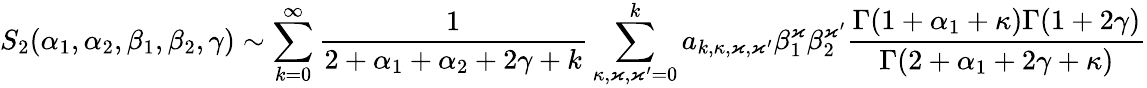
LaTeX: S_{2}(\alpha_{1},\alpha_{2},\beta_{1},\beta_{2},\gamma)\sim\sum_{k=0}^{\infty}\frac{1}{2+\alpha_{1}+\alpha_{2}+2\gamma+k}\sum_{\kappa,\varkappa,\varkappa^{\prime}=0}^{k}a_{k,\kappa,\varkappa,\varkappa^{\prime}}\beta_{1}^{\varkappa}\beta_{2}^{\varkappa^{\prime}}\frac{\Gamma(1+\alpha_{1}+\kappa)\Gamma(1+2\gamma)}{\Gamma(2+\alpha_{1}+2\gamma+\kappa)}